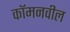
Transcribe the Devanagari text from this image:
कॉमनवील